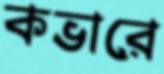
কভারে